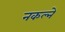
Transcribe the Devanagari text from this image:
नकल्ने